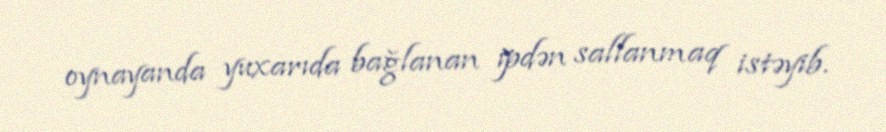
oynayanda yuxarıda bağlanan ipdən sallanmaq istəyib.